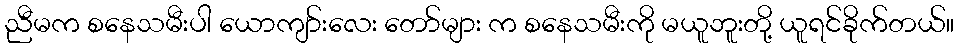
ညီမက စနေသမီးပါ ယောကျာ်းလေး တော်များ က စနေသမီးကို မယူဘူးတို့ ယူရင်ခိုက်တယ်။